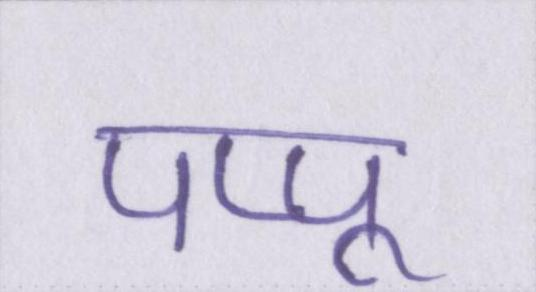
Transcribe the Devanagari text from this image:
पप्पू